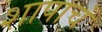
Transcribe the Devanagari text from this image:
शापाचं